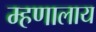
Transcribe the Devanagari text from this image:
म्हणालाय